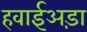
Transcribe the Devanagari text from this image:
हवाईअड़ा